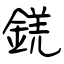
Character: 錓